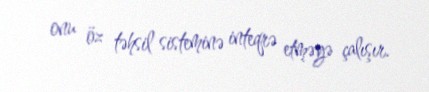
onu öz təhsil sisteminə inteqrə etməyə çalışır.